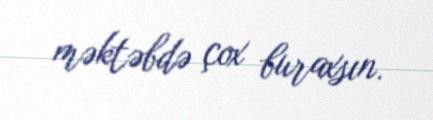
məktəbdə çox buraxsın.